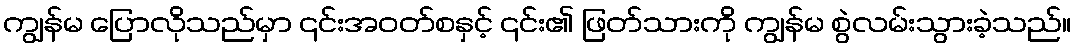
ကျွန်မ ပြောလိုသည်မှာ ၎င်းအဝတ်စနှင့် ၎င်း၏ ဖြတ်သားကို ကျွန်မ စွဲလမ်းသွားခဲ့သည်။